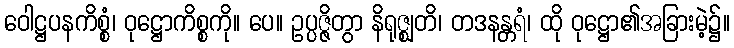
ဝေါဋ္ဌပနကိစ္စံ၊ ဝုဋ္ဌောကိစ္စကို။ ပေ။ ဥပ္ပဇ္ဇိတွာ နိရုဇ္ဈတိ၊ တဒနန္တရံ၊ ထို ဝုဋ္ဌော၏အခြားမဲ့၌။